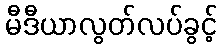
မီဒီယာလွတ်လပ်ခွင့်